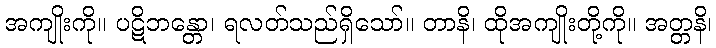
အကျိုးကို။ ပဋိဘန္တော၊ ရလတ်သည်ရှိသော်။ တာနိ၊ ထိုအကျိုးတို့ကို။ အတ္တနိ၊